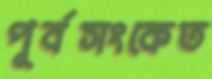
পূর্বসংকেত